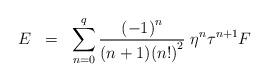
LaTeX: \begin{align*}E \;\; = \;\; \sum_{n=0}^{q} {{(-1)}^n \over (n+1){(n!)}^2} \; \eta^n \tau^{n+1} F\end{align*}